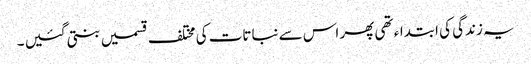
یہ زندگی کی ابتداء تھی پھر اس سے نباتات کی مختلف قسمیں بنتی گئیں ۔